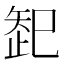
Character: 𱳠